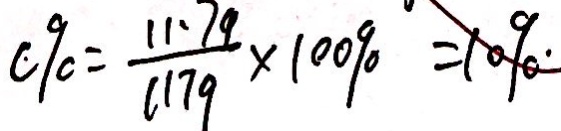
c 9 0 = \frac { 1 1 . 7 9 } { 1 1 7 9 } \times 1 0 0 9 0 = 1 0 9 0 .